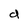
Character: d